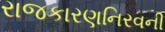
રાજકારણનિરવની